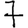
Digit: 7